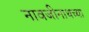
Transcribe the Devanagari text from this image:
नावजीनाथच्या